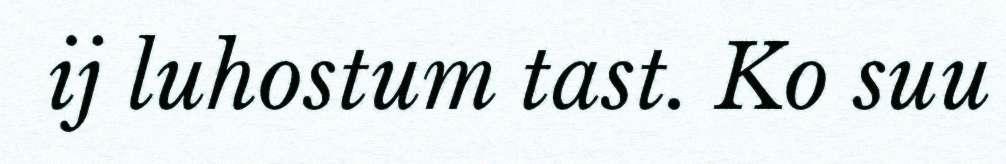
ij luhostum tast. Ko suu